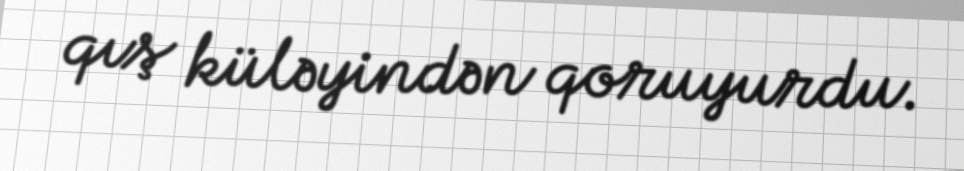
qış küləyindən qoruyurdu.